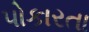
પોકારતા